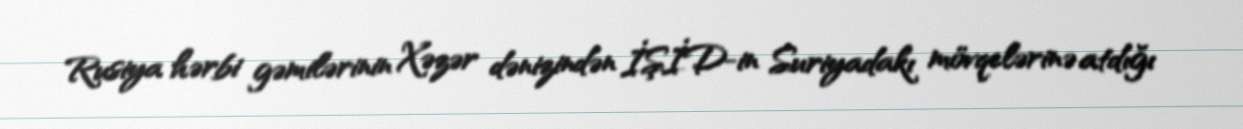
Rusiya hərbi gəmilərinin Xəzər dənizindən İŞİD-in Suriyadakı mövqelərinə atdığı